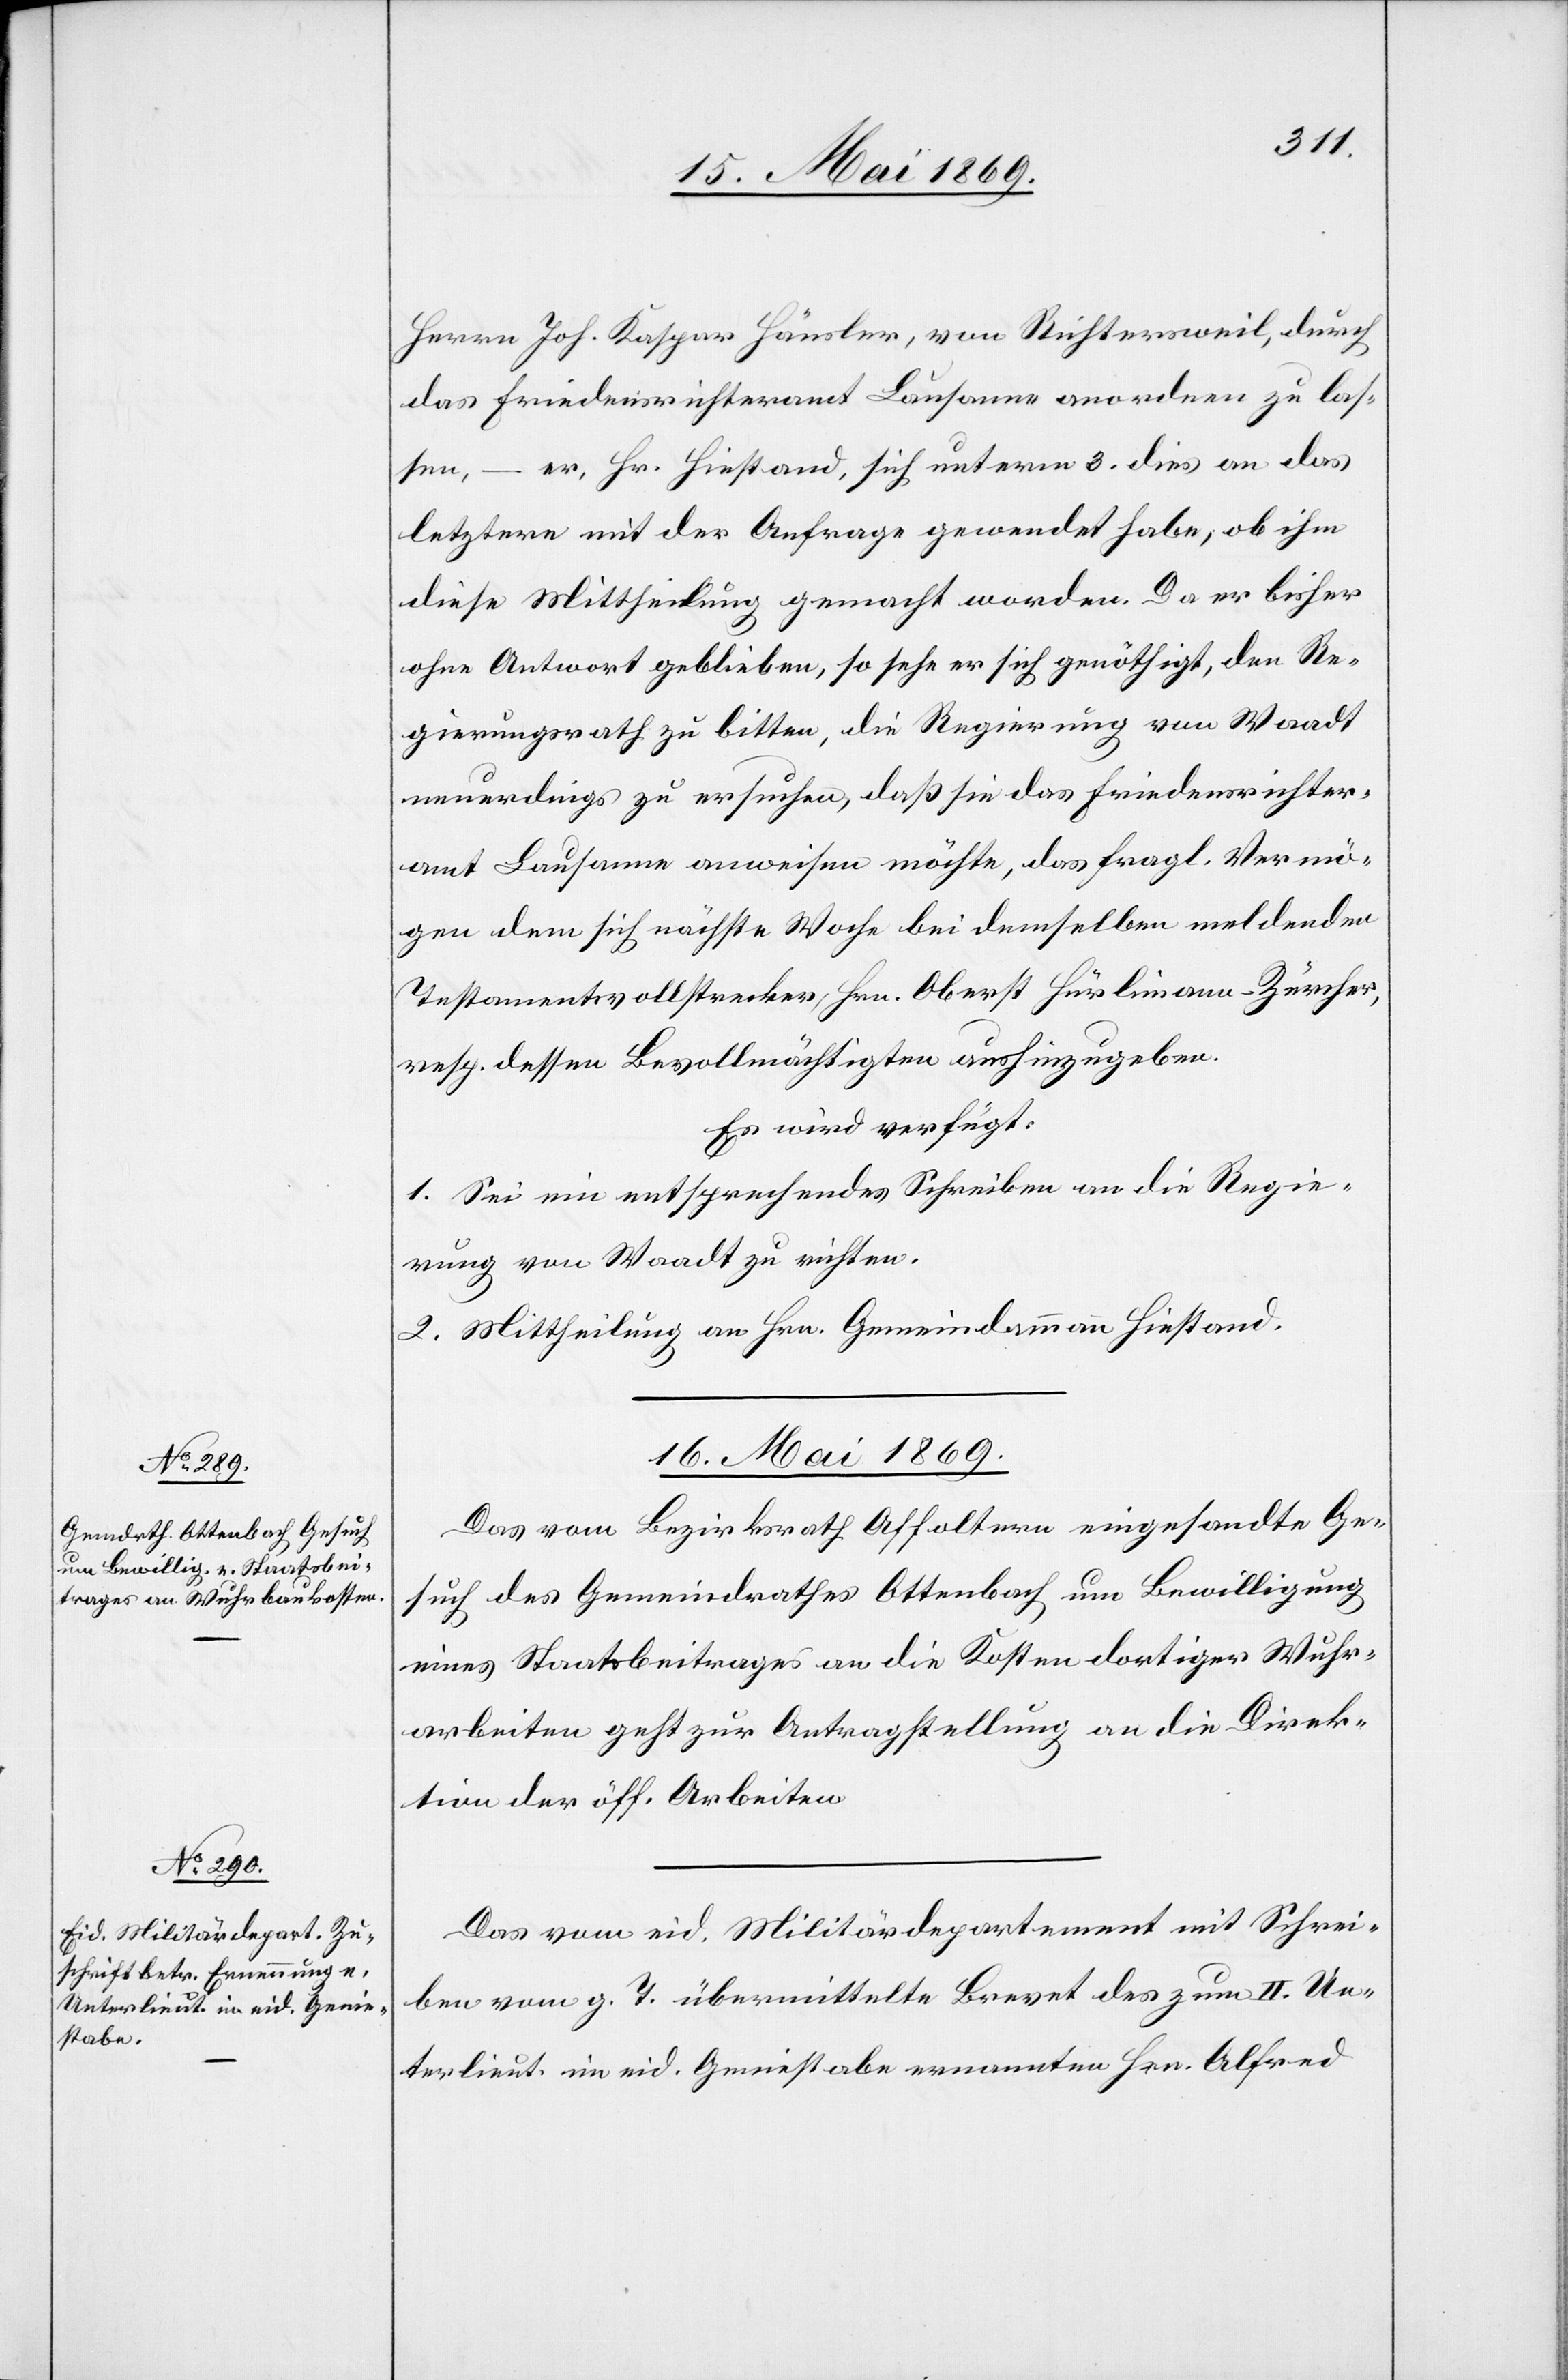
Herrn Joh. Kaspar Häusler, von Richtersweil, durch
das Friedensrichteramt Lausanne anordnen zu las¬
sen, – er, Hr. Hiestand, sich unterm 3. dies an das
letztere mit der Anfrage gewendet habe, ob ihm
diese Mittheilung gemacht worden. Da er bisher
ohne Antwort geblieben, so sehe er sich genöthigt, den Re¬
gierungsrath zu bitten, die Regierung von Waadt
neuerdings zu ersuchen, daß sie das Friedensrichter¬
amt Lausanne anweisen möchte, das fragl. Vermö¬
gen dem sich nächste Woche bei demselben meldenden
Testamentsvollstrecker, Hrn. Oberst Hürlimann-Zürcher,
resp. dessen Bevollmächtigten aushinzugeben.
Es wird verfügt:
1. Sei ein entsprechendes Schreiben an die Regie¬
rung von Waadt zu richten.
2. Mittheilung an Hrn. Gemeindammann Hiestand.
16. Mai 1869.]
Das vom Bezirksrath Affoltern eingesandte Ge¬
such des Gemeindrathes Ottenbach um Bewilligung
eines Staatsbeitrages an die Kosten dortiger Wuhr¬
arbeiten geht zur Antragstellung an die Direk¬
tion der öff. Arbeiten.
Das vom eid. Militärdepartement mit Schrei¬
ben vom g. T. übermittelte Brevet des zum II. Un¬
terlieut. im eid. Geniestabe ernannten Hrn. Alfred